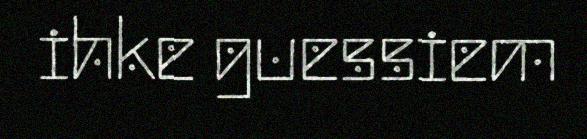
ihke guessiem